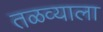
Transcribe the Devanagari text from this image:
तळव्याला